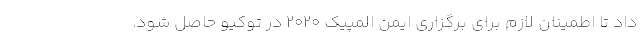
داد تا اطمینان لازم برای برگزاری ایمن المپیک 2020 در توکیو حاصل شود.